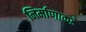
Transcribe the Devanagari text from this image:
निर्माणाकडे